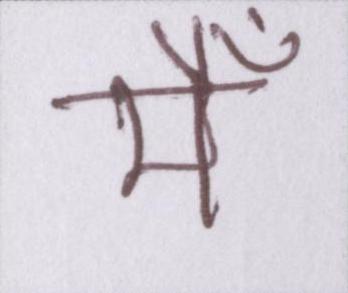
मैँ